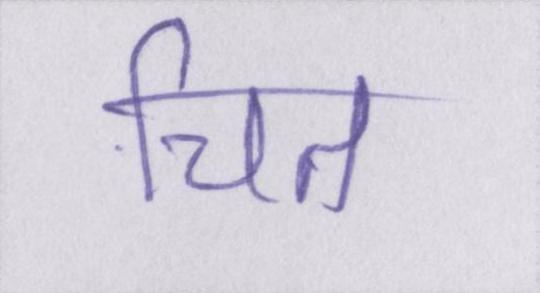
चित